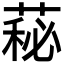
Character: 𦷬